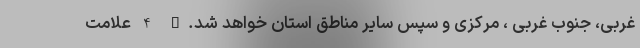
غربی، جنوب غربی ، مرکزی و سپس سایر مناطق استان خواهد شد." 4 علامت